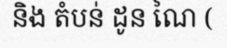
និង តំបន់ ដូន ណៃ (